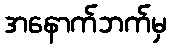
အနောက်ဘက်မှ